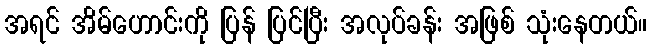
အရင် အိမ်ဟောင်းကို ပြန် ပြင်ပြီး အလုပ်ခန်း အဖြစ် သုံးနေတယ်။